Insane asylums in Bengal annual reports 1876-1887 - 1876-1887
Year: 1876
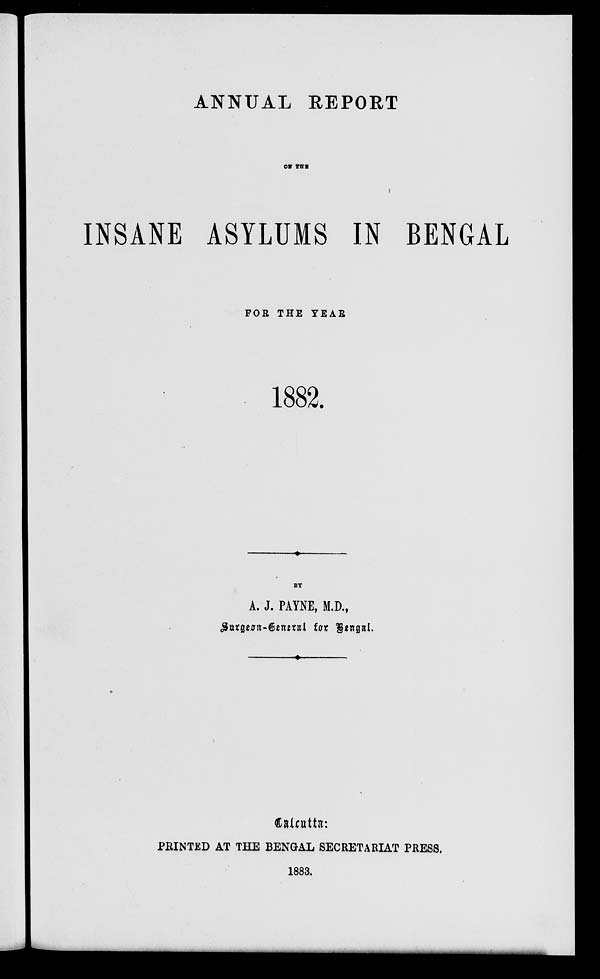
ANNUAL REPORT
ON THE
INSANE ASYLUMS IN BENGAL
FOR THE YEAR
1882.
BY
A. J. PAYNE, M.D.,
Surgeon-General for Bengal.
Calcutta:
PRINTED AT THE BENGAL SECRETARIAT PRESS.
1883.